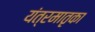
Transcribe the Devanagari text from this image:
यंत्रमातृका